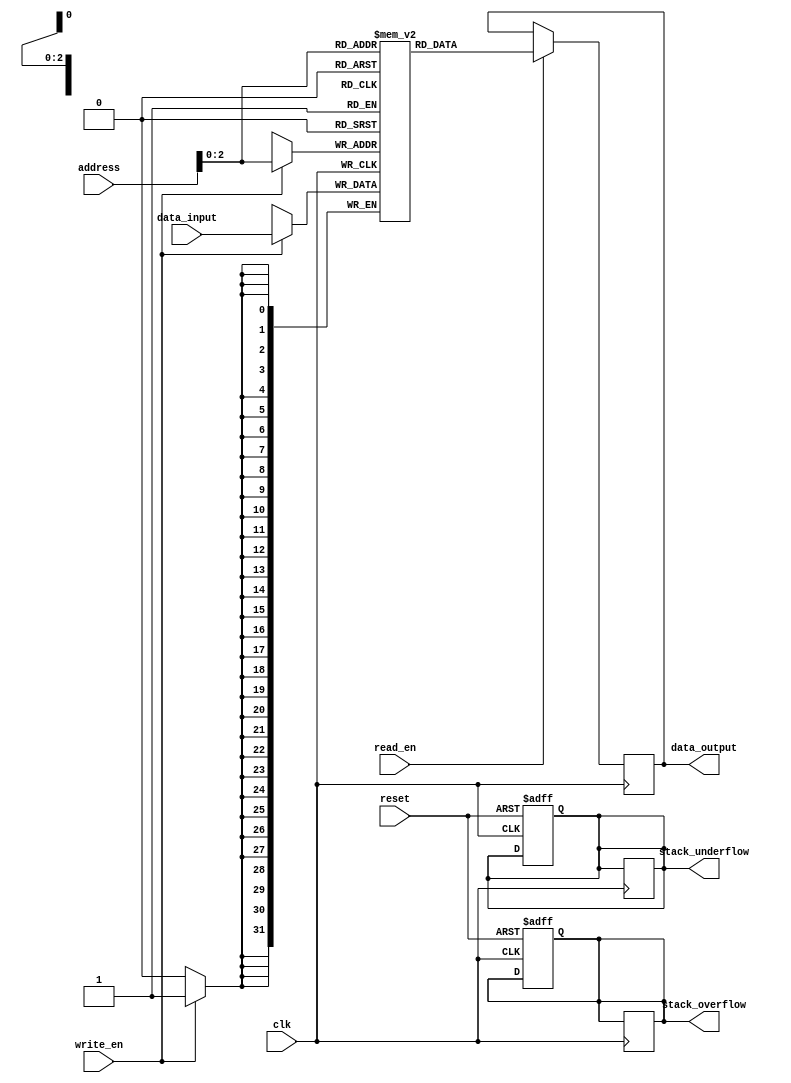
module MemoryBlocksStack_RegFile (
    input wire clk,
    input wire reset,
    input wire write_en,
    input wire read_en,
    input wire [7:0] address,
    input wire [31:0] data_input,
    output reg [31:0] data_output,
    output reg stack_overflow,
    output reg stack_underflow
);

parameter STACK_DEPTH = 8; // Number of memory blocks in the stack
reg [31:0] memory_blocks [0:STACK_DEPTH-1]; // Array to store memory blocks
reg [2:0] stack_pointer; // Pointer to current top of stack

// Initialize stack pointer and flags
always @(posedge clk or posedge reset) begin
    if (reset) begin
        stack_pointer <= 0;
        stack_overflow <= 0;
        stack_underflow <= 0;
    end
end

// Read and write operations
always @(posedge clk) begin
    if (write_en) begin
        memory_blocks[address] <= data_input;
        stack_pointer <= stack_pointer + 1;
        if (stack_pointer == STACK_DEPTH) begin
            stack_overflow <= 1;
            stack_pointer <= stack_pointer - 1;
        end
    end
    if (read_en) begin
        data_output <= memory_blocks[address];
        stack_pointer <= stack_pointer - 1;
        if (stack_pointer == -1) begin
            stack_underflow <= 1;
            stack_pointer <= 0;
        end
    end
end

endmodule